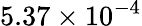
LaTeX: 5.37\times 10^{-4}